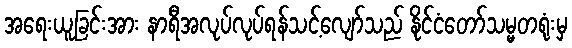
အရေးယူခြင်းအား နာရီအလုပ်လုပ်ရန်သင့်လျော်သည် နိုင်ငံတော်သမ္မတရုံးမှ